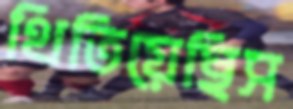
থিতিয়েছিস